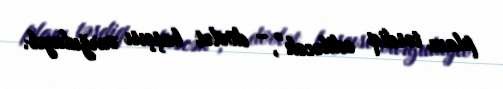
planı təsdiq ediləcək”, - dövlət başçısı vurğulayıb.